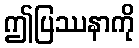
ဤပြဿနာကို